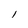
Character: l